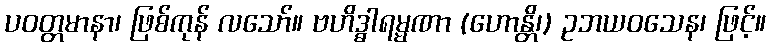
ပဝတ္တမာနာ၊ ဖြစ်ကုန် လသော်။ ဗဟိဒ္ဓါရမ္မဏာ (ဟောန္တိ၊) ဥဘယဝသေန၊ ဖြင့်။